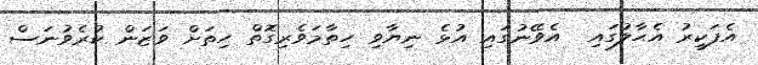
އެފަކީރު އެޙާލުގައި  އެވޭނުގައި އުޅެ ނިޔާވި ހިތާމަވެރިގޮތް ހިތަށް ވަޒަން ކުރެވުނަސް